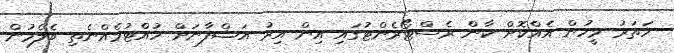
ހަތަރު މީހުން އެއްކޮށް ކާން ރެސްޓޯރެންޓުގައި އިން އިރު އަޝްފާނަށް ހުއްޓުމެއްނެތި ބެލެމުން